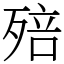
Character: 殕